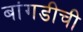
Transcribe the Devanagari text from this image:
बांगडीची